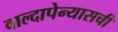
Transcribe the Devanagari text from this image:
वाल्दापेन्यासची